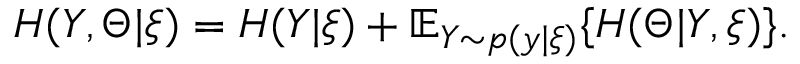
H ( Y , \Theta | \xi ) = H ( Y | \xi ) + \mathbb { E } _ { Y \sim p ( y | \xi ) } \{ H ( \Theta | Y , \xi ) \} .